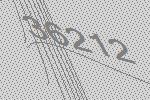
36212